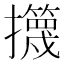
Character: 𱡎